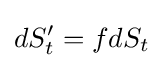
dS_{t}'=fdS_{t}